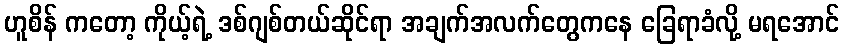
ဟူစိန် ကတော့ ကိုယ့်ရဲ့ ဒစ်ဂျစ်တယ်ဆိုင်ရာ အချက်အလက်တွေကနေ ခြေရာခံလို့ မရအောင်